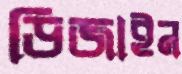
ডিজাইন